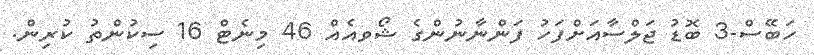
ހަބޭސް-3 ބޮޑު ޖަލްސާއަށްފަހު ފަންނާނުންގެ ޝޯވއެއް 46 މިނެޓް 16 ސިކުންތު ކުރިން.